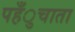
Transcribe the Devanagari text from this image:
पहँुचाता